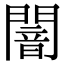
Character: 闇